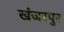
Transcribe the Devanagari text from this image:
खंजरपुर